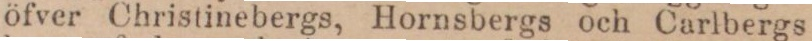
öfver Christinebergs, Hornsbergs och Carlbergs